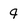
Character: q